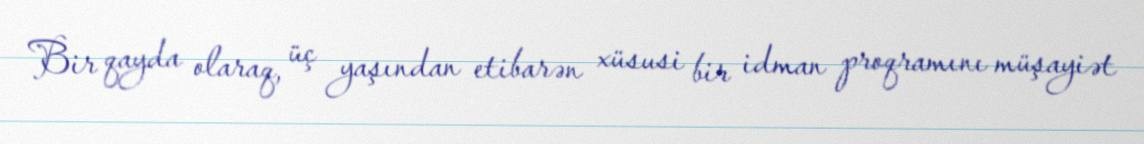
Bir qayda olaraq, üç yaşından etibarən xüsusi bir idman proqramını müşayiət